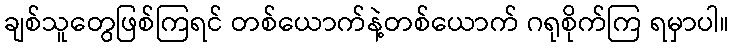
ချစ်သူတွေဖြစ်ကြရင် တစ်ယောက်နဲ့တစ်ယောက် ဂရုစိုက်ကြ ရမှာပါ။